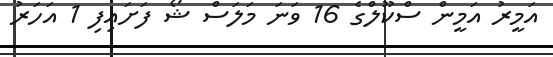
އަމީރު އަމީން ސްކޫލްގެ 16 ވަނަ މަލަސް ޝޯ ފަށައިފި 1 އަހަރު